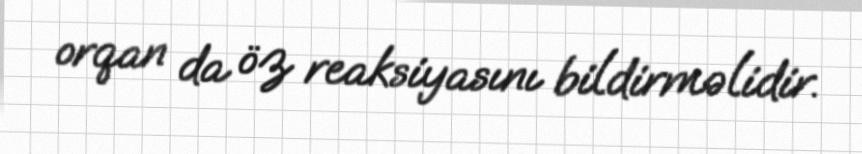
orqan da öz reaksiyasını bildirməlidir.